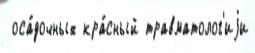
 оса́дочных кра́сный травматолог'иjи